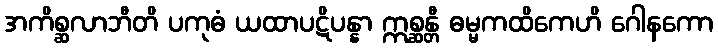
အကိစ္ဆလာဘီတိ ပကုဓံ ယထာပဋိပန္နာ ဣစ္ဆန္တီ ဓမ္မကထိကေဟိ ဂေါနကော